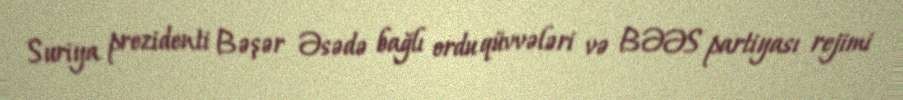
Suriya prezidenti Bəşər Əsədə bağlı ordu qüvvələri və BƏƏS partiyası rejimi